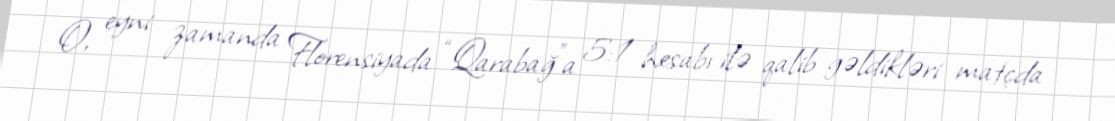
O, eyni zamanda Florensiyada “Qarabağ”a 5:1 hesabı ilə qalib gəldikləri matçda